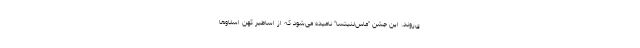
ی‌روند. این جشن "ماس‌لنیتسا" نامیده می‌شود که از اساطیر کهن اسلاو‌ها